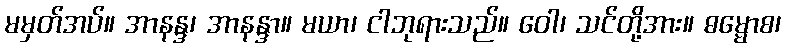
မမှတ်အပ်။ အာနန္ဒ၊ အာနန္ဒာ။ မယာ၊ ငါဘုရားသည်။ ဝေါ၊ သင်တို့အား။ ဓမ္မောစ၊